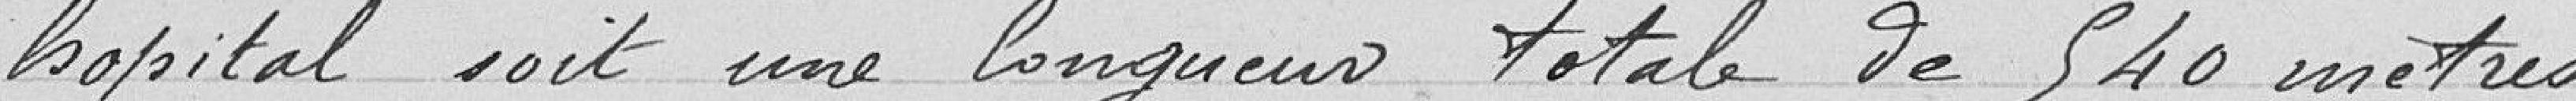
hôpital soit une longueur totale de mètres.